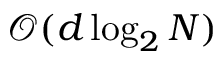
\mathcal { O } ( d \log _ { 2 } N )